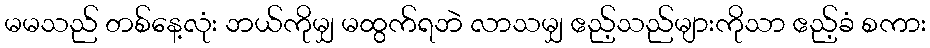
မမသည် တစ်နေ့လုံး ဘယ်ကိုမျှ မထွက်ရဘဲ လာသမျှ ဧည့်သည်များကိုသာ ဧည့်ခံ စကား